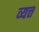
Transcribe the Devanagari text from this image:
व्यत्त